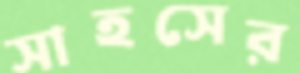
সাহসের